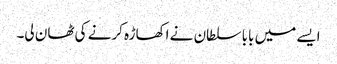
ایسے میں بابا سلطان نے اکھاڑہ کرنے کی ٹھان لی۔